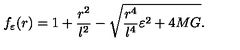
f _ { \varepsilon } ( r ) = 1 + { \frac { r ^ { 2 } } { l ^ { 2 } } } - \sqrt { { \frac { r ^ { 4 } } { l ^ { 4 } } } \varepsilon ^ { 2 } + 4 M G } .